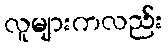
လူများကလည်း